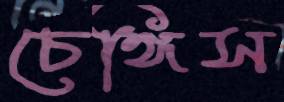
চেঙ্গিস